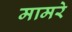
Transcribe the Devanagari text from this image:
मामरे